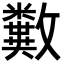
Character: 𣀱